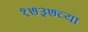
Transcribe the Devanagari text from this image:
१७३७च्या